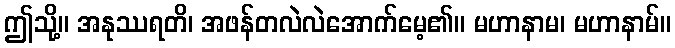
ဤသို့။ အနုဿရတိ၊ အဖန်တလဲလဲအောက်မေ့၏။ မဟာနာမ၊ မဟာနာမ်။